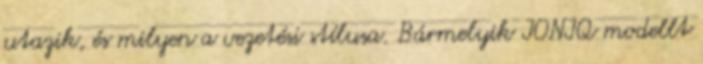
utazik, és milyen a vezetési stílusa. Bármelyik IONIQ modellt